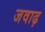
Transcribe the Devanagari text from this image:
जवाढ़